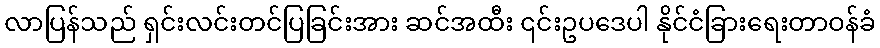
လာပြန်သည် ရှင်းလင်းတင်ပြခြင်းအား ဆင်အထီး ၎င်းဥပဒေပါ နိုင်ငံခြားရေးတာဝန်ခံ